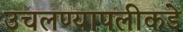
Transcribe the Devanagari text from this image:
उचलण्यापलीकडे